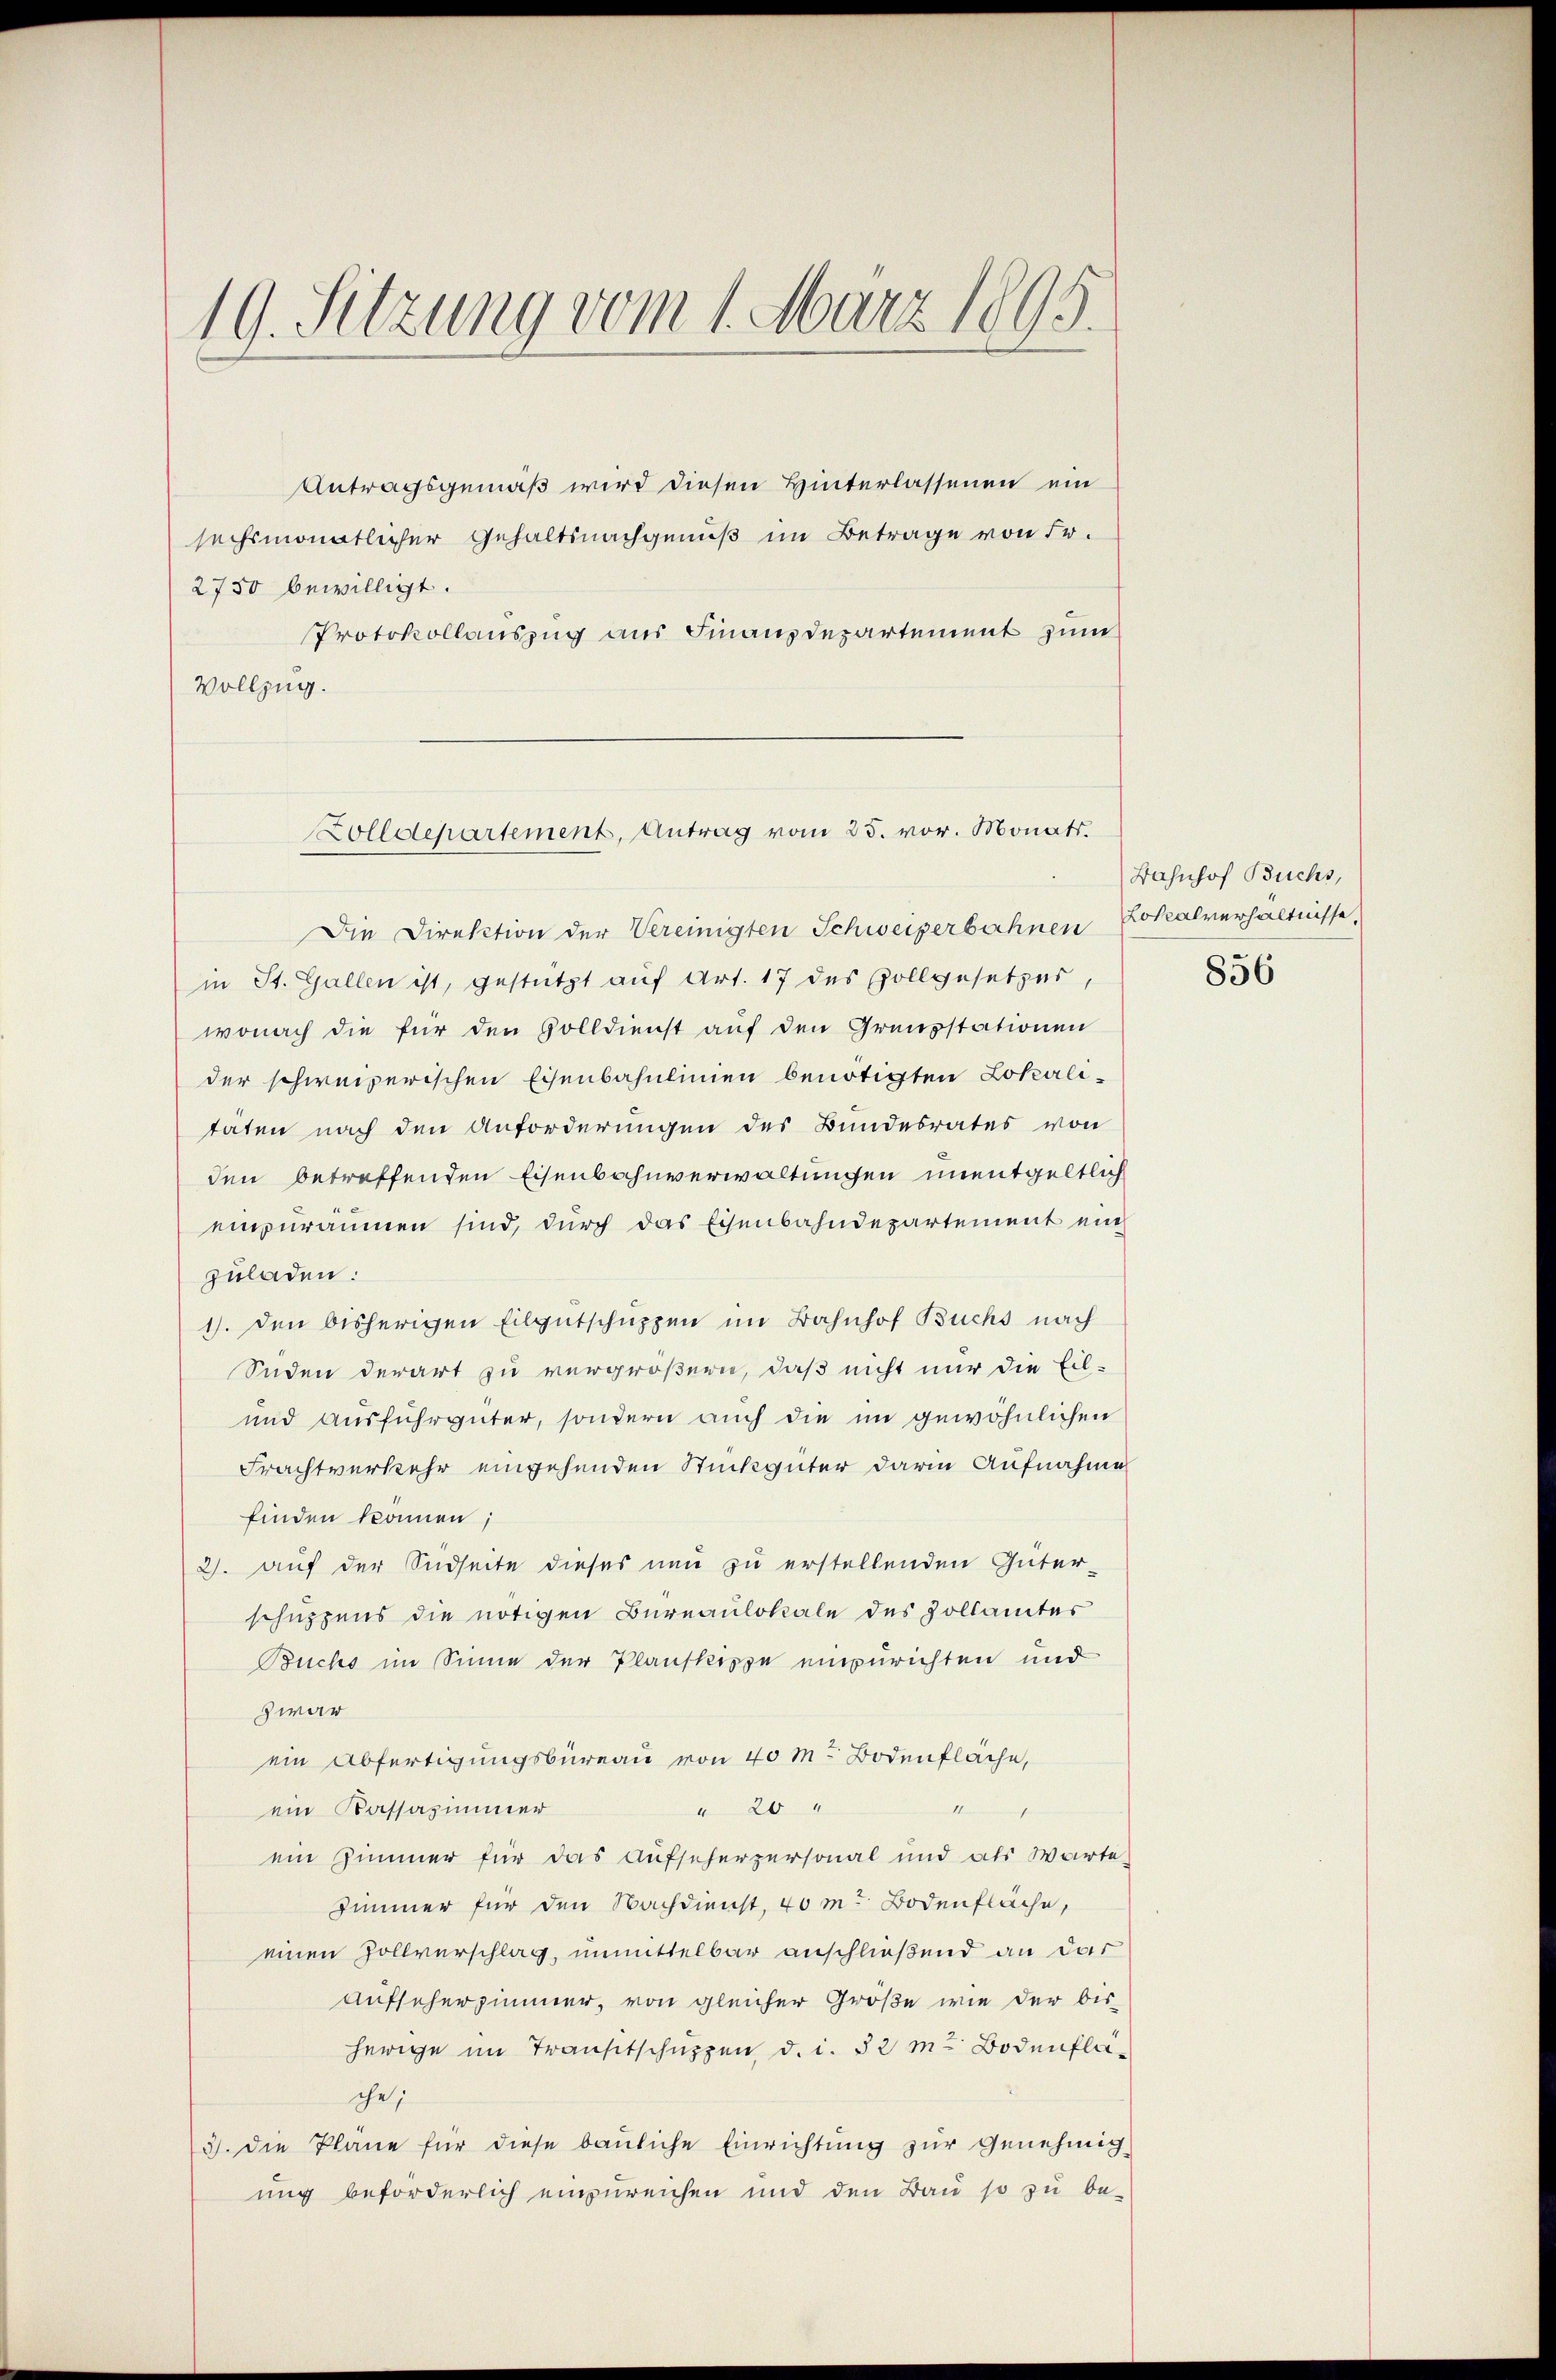
19. Sitzung vom 1. März 1895.

Antragsgemäß wird diesen Hinterlassenen ein
sechsmonatlicher Gehaltsnachgenuß im Betrage von Fr.
2750 bewilligt.
Protokollauszug aus Finanzdepartement zum
Vollzug.

Zolldepartement, Antrag vom 25. vor. Monats.

Die Direktion der Vereinigten Schweizerbahnen Lokalverhältnisse,
in St. Gallen ist, gestützt auf Art. 17 des Vollgesetzes,
wonach die für den Volldienst auf den Grausstationen
der schweizerischen Eisenbahnlinien benötigten Lokalitäten nach den Anforderungen des Bundesrates von
den betreffenden Eisenbahnverwaltungen unentgeltlich
einpuräumen sind, durch das Eisenbahndepartement ein
zuladen:
1). Den bisherigen Eilgutschuppen im Bahnhof Buchs nach
Süden derart zu vergrößern, daß nicht nur die Eil-
und ausfuhrgüter, sondern auch die im gewöhnlichen
Frachtverkehr eingehenden Stückgüter darin Aufnahme
finden können,
2. auf der Südseite dieses neu zu erstellenden Güter-
schuzzens die nötigen Bureaulokale des Zollamtes
Buchs im Sinne der Planskippe einzurichten und
zwar
ein Abfertigungsbüreau von 40 M. Bodenfläche,
M
" 20 "
ein Kassazimmer
ein Zimmer für das Aufscherpersonal und als Warte,
Zimmer für den Nachdienst, 40 m Bodenfläche,
einen Zollverschlag, unmittelbar anschließend an das
Aufseherzimmer, von gleicher Größe wie der bis-
herige im Transtschuppen, d. d. 53 m Bodenfläche;
3). Die Pläne für diese bauliche Einrichtung zur genehmig
ung beforderlich einzureichen und den Bau so zu be-

Bahnhof Buchs,

856